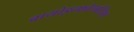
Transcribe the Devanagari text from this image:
बायोइन्फोरमेटिक्स